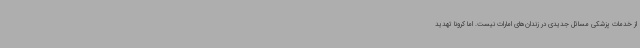
از خدمات پزشکی مسائل جدیدی در زندان‌های امارات نیست. اما کرونا تهدید